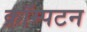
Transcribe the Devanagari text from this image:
क्रॉम्पटन